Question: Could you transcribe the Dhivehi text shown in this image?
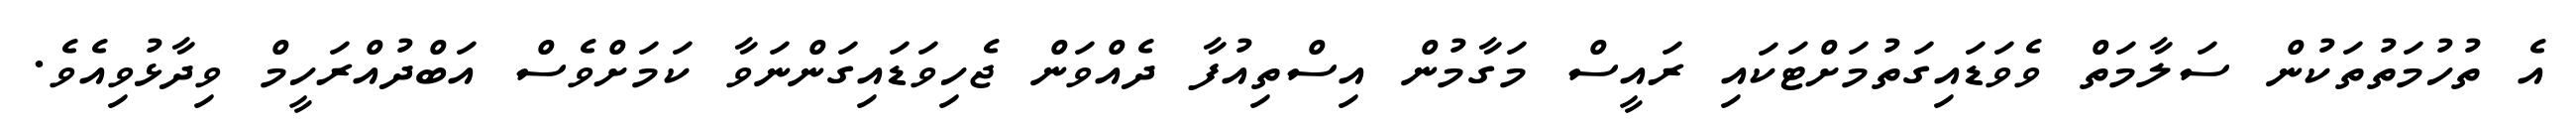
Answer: އެ ތުހުމަތުތަކުން ސަލާމަތް ވެވަޑައިގަތުމަށްޓަކައި ރައީސް މަގާމުން އިސްތިއުފާ ދެއްވަން ޖެހިވަޑައިގަންނަވާ ކަމަށްވެސް އަބްދުއްރަހީމް ވިދާޅުވިއެވެ.